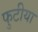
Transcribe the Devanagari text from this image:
फुटीया